Technical education in continuation classes, 1936
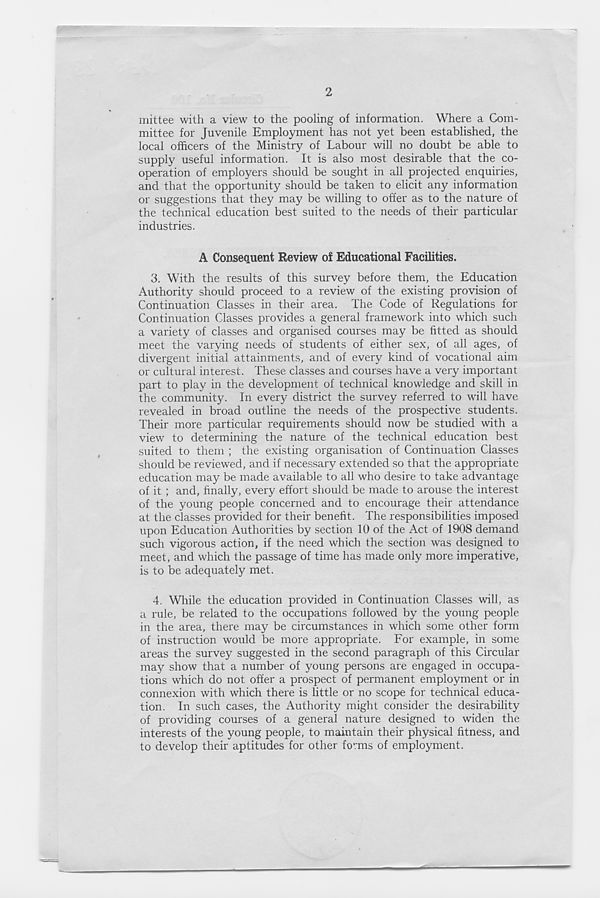
2
mittee with a view to the pooling of information. Where a Com-
mittee for Juvenile Employment has not yet been established, the
local officers of the Ministry of Labour will no doubt be able to
supply useful information. It is also most desirable that the co-
operation of employers should be sought in all projected enquiries,
and that the opportunity should be taken to elicit any information
or suggestions that they may be willing to offer as to the nature of
the technical education best suited to the needs of their particular
industries.
A Consequent Review of Educational Facilities.
3. With the results of this survey before them, the Education
Authority should proceed to a review of the existing provision of
Continuation Classes in their area. The Code of Regulations for
Continuation Classes provides a general framework into which such
a variety of classes and organised courses may be fitted as should
meet the varying needs of students of either sex, of all ages, of
divergent initial attainments, and of every kind of vocational aim
or cultural interest. These classes and courses have a very important
part to play in the development of technical knowledge and skill in
the community. In every district the survey referred to will have
revealed in broad outline the needs of the prospective students.
Their more particular requirements should now be studied with a
view to determining the nature of the technical education best
suited to them ; the existing organisation of Continuation Classes
should be reviewed, and if necessary extended so that the appropriate
education may be made available to all who desire to take advantage
of it ; and, finally, every effort should be made to arouse the interest
of the young people concerned and to encourage their attendance
at the classes provided for their benefit. The responsibilities imposed
upon Education Authorities by section 10 of the Act of 1908 demand
such vigorous action, if the need which the section was designed to
meet, and which the passage of time has made only more imperative,
is to be adequately met.
4. While the education provided in Continuation Classes will, as
a rule, be related to the occupations followed by the young people
in the area, there may be circumstances in which some other form
of instruction would be more appropriate. For example, in some
areas the survey suggested in the second paragraph of this Circular
may show that a number of young persons are engaged in occupa-
tions which do not offer a prospect of permanent employment or in
connexion with which there is little or no scope for technical educa-
tion. In such cases, the Authority might consider the desirability
of providing courses of a general nature designed to widen the
interests of the young people, to maintain their physical fitness, and
to develop their aptitudes for other forms of employment.